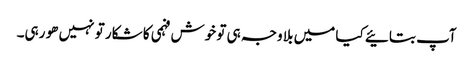
آپ بتائیے کیا میں بلا وجہ ہی تو خوش فہمی کا شکار تو نہیں ھو رہی۔